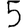
Digit: 5